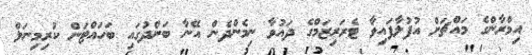
އިމްރާންގެ މައްޗަށް އުފުލާފައިވާ ޓެރަރިޒަމްގެ ދައުވާ ނިމެންދެން އޭނާ ބަންދުގައި ބަހައްޓަން ކުރިމިނަލް